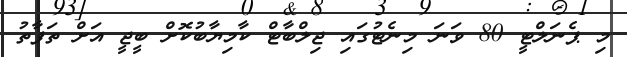
މި ޕެނަލްޓީ 80 ވަނަ މިނެޓުގައި ޖިލްބާޓް ކާމިޔާބުކޮށް ބީޖީ އަށް ތަފާތު